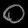
Digit: ၀